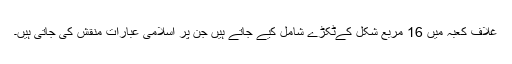
غلاف کعبہ میں 16 مربع شکل کےٹکڑے شامل کیے جاتے ہیں جن پر اسلامی عبارات منقش کی جاتی ہیں۔